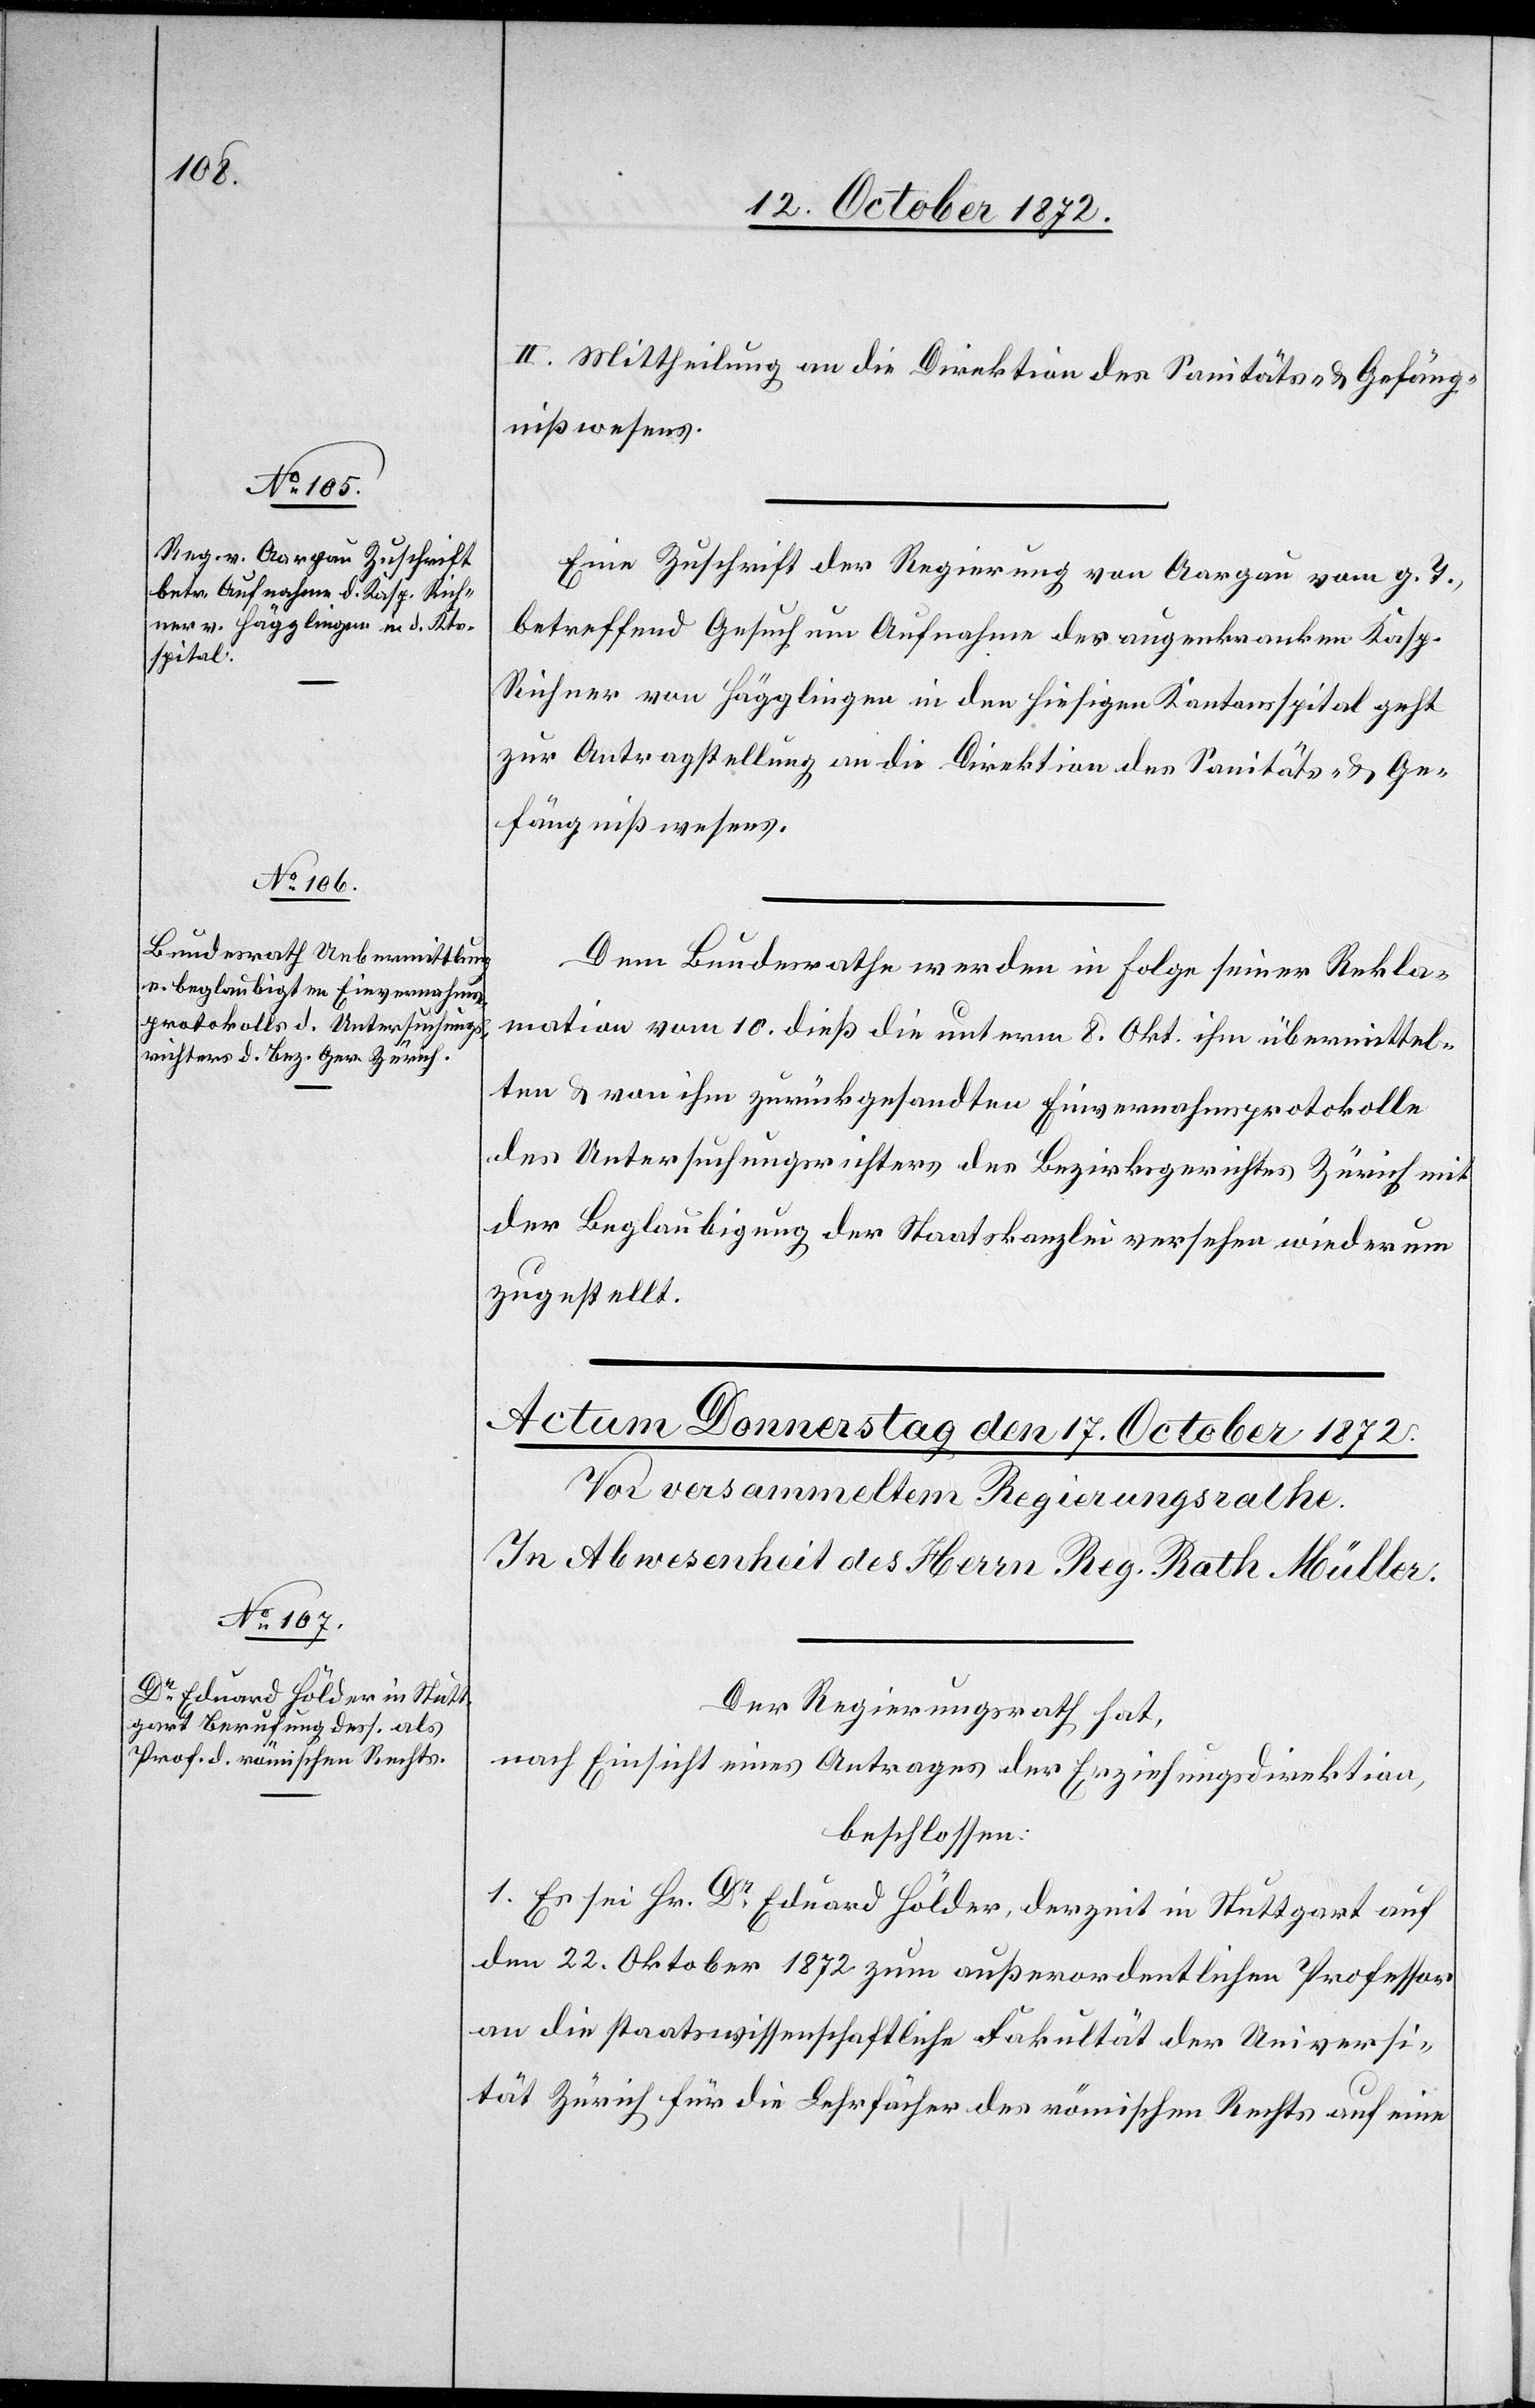
15. October 1872.]
II. Mittheilung an die Direktion des Sanitäts- u. Gefäng¬
nißwesens.
Eine Zuschrift der Regierung von Aargau vom g. T.,
betreffend Gesuch um Aufnahme des augenkranken Kasp.
Richner von Hägglingen in den hiesigen Kantonsspital geht
zur Antragstellung an die Direktion des Sanitäts- u. Ge¬
fängnißwesens.
Dem Bundesrathe werden in Folge seiner Rekla¬
mation vom 10. dieß die unterm 8. Okt. ihm übermittel¬
ten u. von ihm zurückgesandten Einvernahmsprotokolle
des Untersuchungsrichters des Bezirksgerichtes Zürich mit
der Beglaubigung der Staatskanzlei versehen wieder neu
zugestellt.
Der Regierungsrath hat,
nach Einsicht eines Antrages der Erziehungsdirektion,
beschlossen:
1. Es sei Hr. Dr Eduard Hölder, derzeit in Stuttgart auf
den 22. Oktober 1872 zum außerordentlichen Professor
an die staatswissenschaftliche Fakultät der Universi¬
tät Zürich für die Lehrfächer des römischen Rechts auf eine